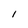
Character: I